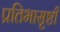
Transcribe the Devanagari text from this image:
प्रतिभासृष्टी